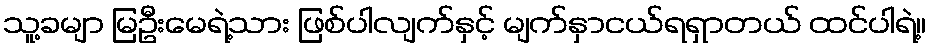
သူ့ခမျာ မြဦးမေရဲ့သား ဖြစ်ပါလျက်နှင့် မျက်နှာငယ်ရရှာတယ် ထင်ပါရဲ့။